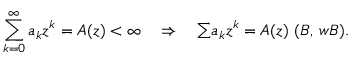
\sum _ { k = 0 } ^ { \infty } a _ { k } z ^ { k } = A ( z ) < \infty \quad \Rightarrow \quad { \textstyle \sum } a _ { k } z ^ { k } = A ( z ) \, \, ( { \boldsymbol { B } } , \, { \boldsymbol { w B } } ) .